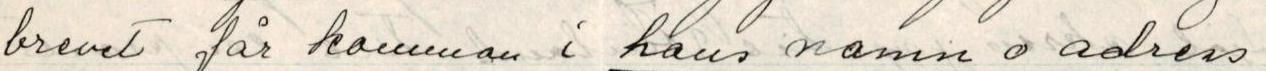
brevet får komman i hans namn o adress